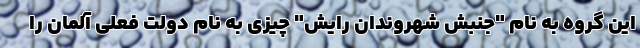
این گروه به نام "جنبش شهروندان رایش" چیزی به نام دولت فعلی آلمان را